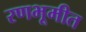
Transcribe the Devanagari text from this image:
रणभूमीत